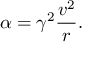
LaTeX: \alpha = \gamma ^ { 2 } { \frac { v ^ { 2 } } { r } } .